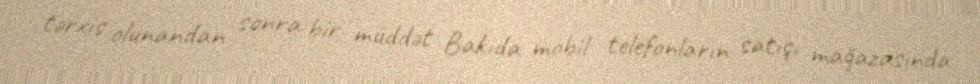
tərxis olunandan sonra bir müddət Bakıda mobil telefonların satışı mağazasında